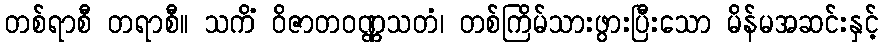
တစ်ရာစီ တရာစီ။ သကိံ ဝိဇာတဝဏ္ဏသတံ၊ တစ်ကြိမ်သားဖွားပြီးသော မိန်မအဆင်းနှင့်